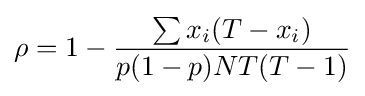
\rho =1-{\frac {\sum x_{i}(T-x_{i})}{p(1-p)NT(T-1)}}